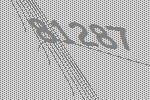
81287